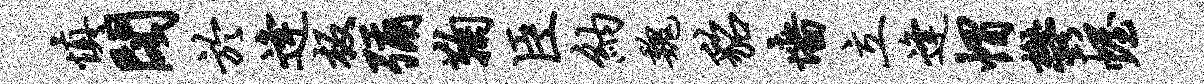
慎阁於逄板弥鞠臣纳魏貂墙立逢帽郁幄